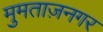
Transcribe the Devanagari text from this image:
मुमताज़नगर